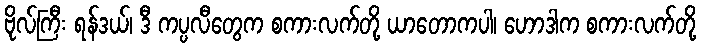
ဗိုလ်ကြီး ရန်ဒယ်၊ ဒီ ကပ္ပလီတွေက စကားလက်တို့ ယာတောကပါ၊ ဟောဒါက စကားလက်တို့